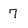
Character: 7